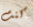
كنت